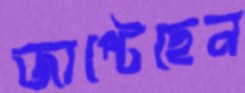
জাপ্‌টেছেন